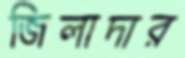
জিলাদার